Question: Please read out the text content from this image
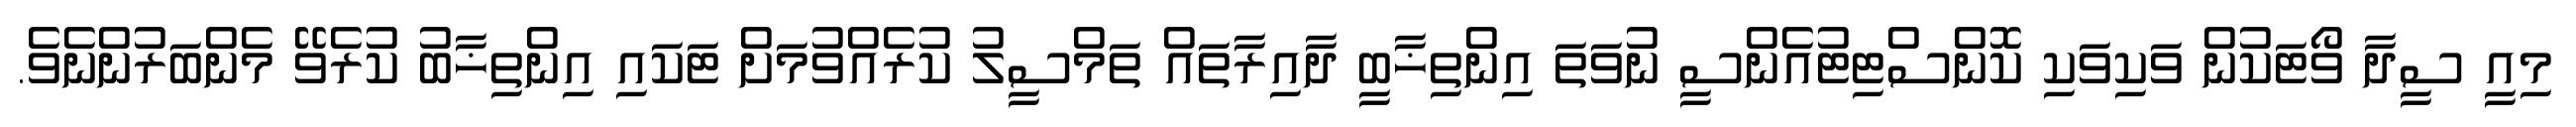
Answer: މިއީ ސީދާ ވޯޓަކުން ވަކިވަކި ކޮންސްޓިޓުއެންސީ ނުވަތަ އިންތިޚާބީ ދާއިރާތައް ތަމްސީލު ކުރެއްވުމަށް ޓަކައި އިންތިޚާބު ކުރެވޭ މެންބަރުންނެވެ.